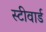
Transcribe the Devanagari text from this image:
स्टीवार्ड